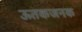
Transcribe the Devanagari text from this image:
ऊतकजनक